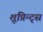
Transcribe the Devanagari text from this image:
शूप्रिन्ट्स